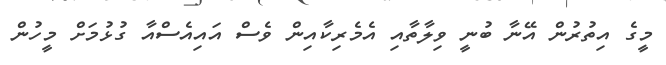
މީގެ އިތުރުން އޭނާ ބުނީ ވިލާތާއި އެމެރިކާއިން ވެސް އައިއެސްއާ ގުޅުމަށް މީހުން